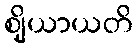
ဈိယာယတိ